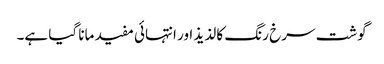
گوشت سرخ رنگ کا لذیذ اور انتہائی مفید مانا گیا ہے۔